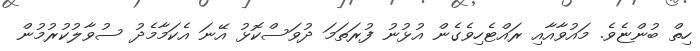
ހިތް ބުންޏެވެ. މައުވާއާއި ރައްޓެހިވެގެން އުޅުނު ފުރަތަމަ ދުވަސްކޮޅު އޭނަ އެކަމާމެދު ސުވާލުކުރުމުން